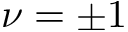
\nu = \pm 1